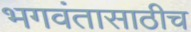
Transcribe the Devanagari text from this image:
भगवंतासाठीच